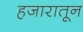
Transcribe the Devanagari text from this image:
हजारातून